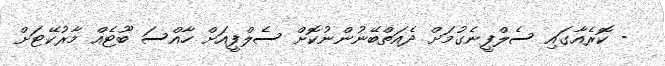
- ކޮރެއާގައި ސެލްފީނެގުމަށް ދެއަތްބޭނުންނުކޮށް ސެލްފީއަށް ހާއްސަ ބޫޓެއް މާރުކޭޓަށް